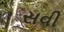
સવી